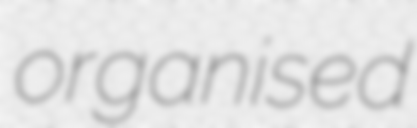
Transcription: organised